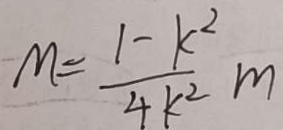
M = \frac { 1 - K ^ { 2 } } { 4 K ^ { 2 } } m